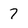
Character: 7